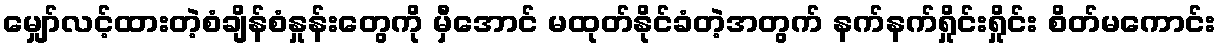
မျှော်လင့်ထားတဲ့စံချိန်စံနှုန်းတွေကို မှီအောင် မထုတ်နိုင်ခံတဲ့အတွက် နက်နက်ရှိုင်းရှိုင်း စိတ်မကောင်း